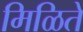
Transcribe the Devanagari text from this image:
मिळिते